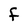
Character: f